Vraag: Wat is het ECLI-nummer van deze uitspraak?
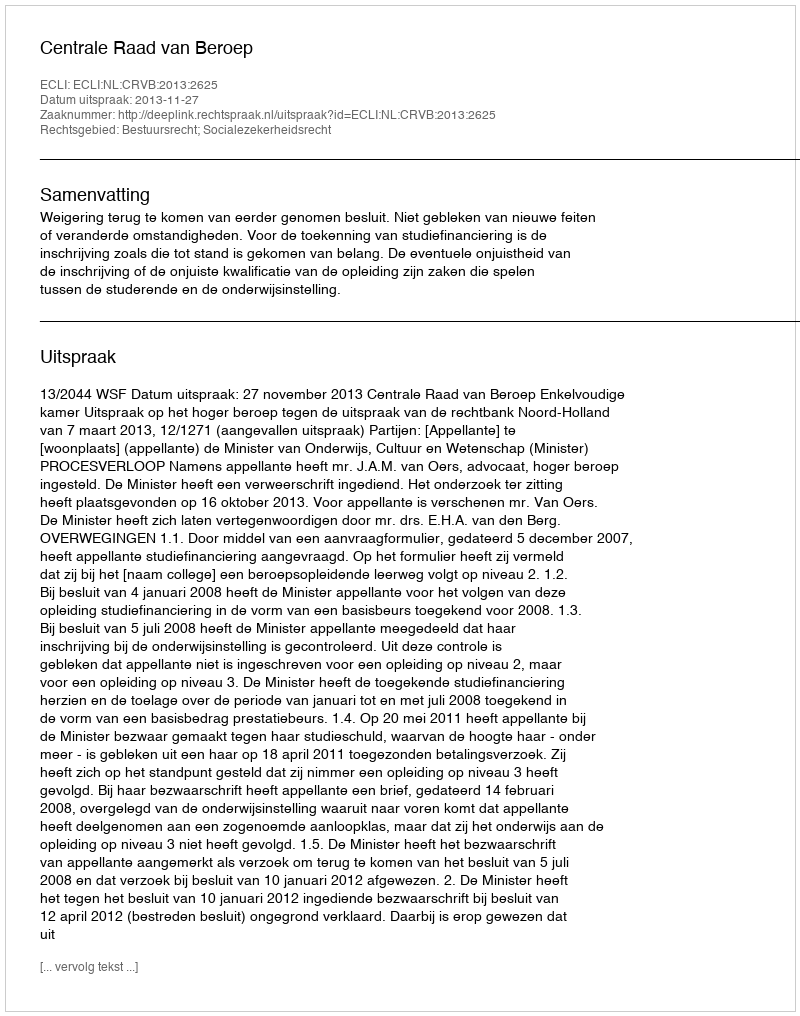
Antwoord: ECLI:NL:CRVB:2013:2625